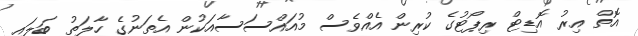
އޮތް އިރު އޮޑިޓް ރިޕޯޓުގެ ކުރިން އެއްވެސް މުއައްސަސާއަކުން އެތަނުގެ ހާލަތު ބަލައި